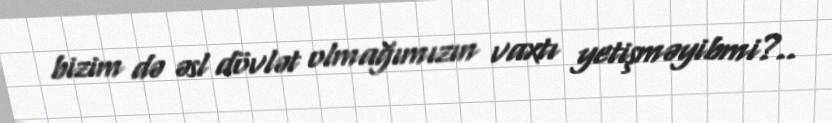
bizim də əsl dövlət olmağımızın vaxtı yetişməyibmi?..